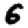
Digit: 6